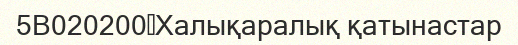
5B020200	Халықаралық қатынастар